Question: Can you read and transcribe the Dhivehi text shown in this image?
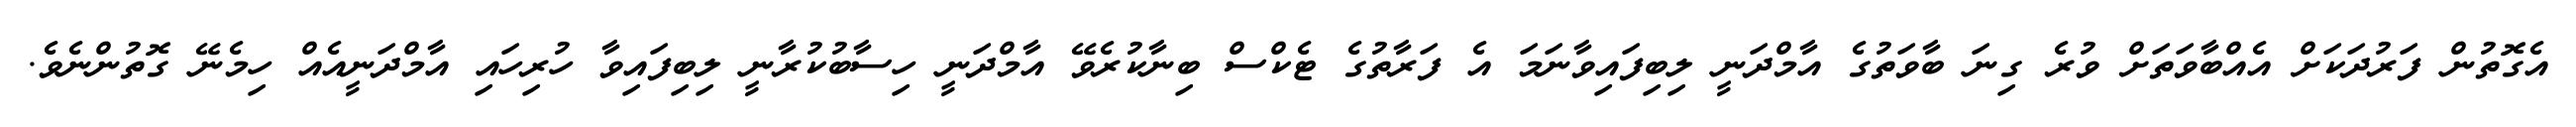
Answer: އެގޮތުން ފަރުދަކަށް އެއްބާވަތަށް ވުރެ ގިނަ ބާވަތުގެ އާމްދަނީ ލިބިފައިވާނަމަ އެ ފަރާތުގެ ޓެކްސް ބިނާކުރެވޭ އާމްދަނީ ހިސާބުކުރާނީ ލިބިފައިވާ ހުރިހައި އާމްދަނީއެއް ހިމެނޭ ގޮތުންނެވެ.